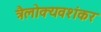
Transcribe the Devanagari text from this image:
त्रैलोक्यवशंकर